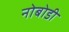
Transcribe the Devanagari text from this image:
नोबोडी